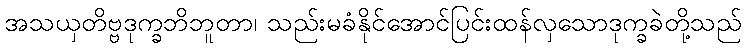
အသယှတိဗ္ဗဒုက္ခဘိဘူတာ၊ သည်းမခံနိုင်အောင်ပြင်းထန်လှသောဒုက္ခခဲတို့သည်